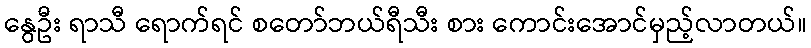
နွေဦး ရာသီ ရောက်ရင် စတော်ဘယ်ရီသီး စား ကောင်းအောင်မှည့်လာတယ်။